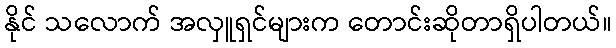
နိုင် သလောက် အလှူရှင်များက တောင်းဆိုတာရှိပါတယ်။